Punjab Mental Hospital Lahore 1922-31 - 1922-1931
Year: 1922
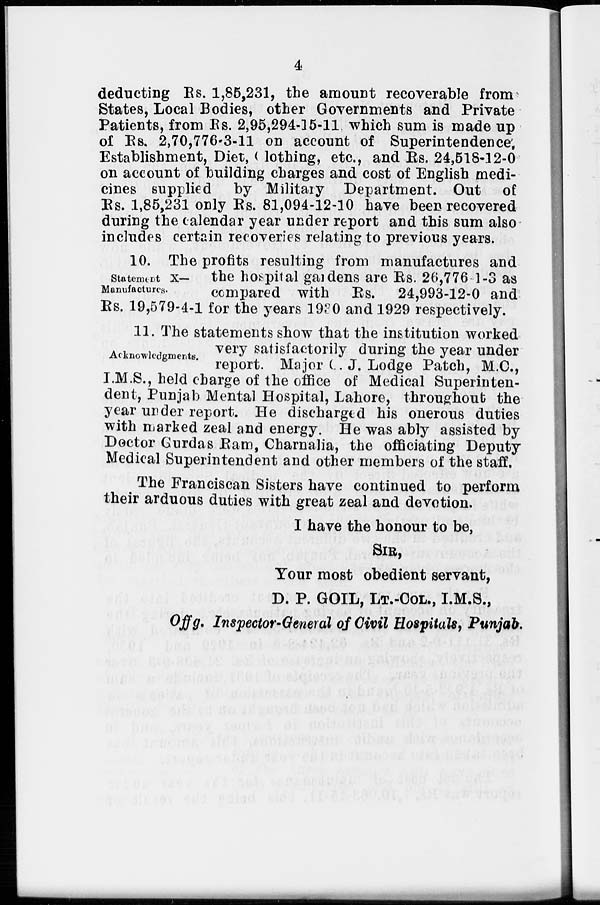
4
deducting Rs. 1,85,231, the amount recoverable from
States, Local Bodies, other Governments and Private
Patients, from Rs. 2,95,294-15-11 which sum is made up
of Rs. 2,70,776-3-11 on account of Superintendence
Establishment, Diet, Clothing, etc., and Rs. 24,518-12-0
on account of building charges and cost of English medi-
cines supplied by Military Department. Out of
Rs. 1,85,231 only Rs. 81,094-12-10 have been recovered
during the calendar year under report and this sum also
includes certain recoveries relating to previous years.
10. The profits resulting from manufactures and
the hospital gardens are Rs. 26,776-1-3 as
compared with Rs. 24,993-12-0 and
Rs. 19,579-4-1 for the years 1930 and 1929 respectively.
Statement X—
Manufactures.
Acknowledgments.
11. The statements show that the institution worked
very satisfactorily during the year under
report. Major C. J. Lodge Patch, M.C.,
I.M.S., held charge of the office of Medical Superinten-
dent, Punjab Mental Hospital, Lahore, throughout the
year under report. He discharged his onerous duties
with marked zeal and energy. He was ably assisted by
Doctor Gurdas Ram, Charnalia, the officiating Deputy
Medical Superintendent and other members of the staff.
The Franciscan Sisters have continued to perform
their arduous duties with great zeal and devotion.
I have the honour to be,
SIR,
Your most obedient servant,
D. P. GOIL, LT.-COL., I.M.S.,
Offg. Inspector-General of Civil Hospitals, Punjab.